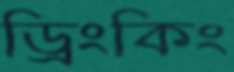
ড্রিংকিং